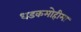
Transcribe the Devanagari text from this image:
धडकमोहीमा